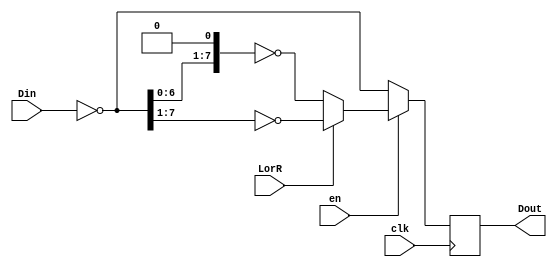
module Shift_Reg(clk,Din,LorR,Dout,en);
	input clk,LorR,en;
	input [7:0]Din;
	output [7:0]Dout;
	reg [7:0]Dout;
	always @ (posedge clk)
	begin
		if(en == 1)
		begin
			Dout = ~Din;
			if(LorR == 0)
			begin
				Dout = Dout<<1;
				Dout = ~Dout;
			end
			else
			begin
				Dout = Dout>>1;
				Dout = ~Dout;
			end
		end
		else	Dout = ~Din;
	end
endmodule